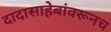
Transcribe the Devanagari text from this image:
दादासाहेबांवरूनच